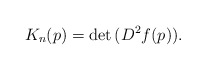
\begin{align*} K_n(p)=\det\,(D^2f(p)).\end{align*}